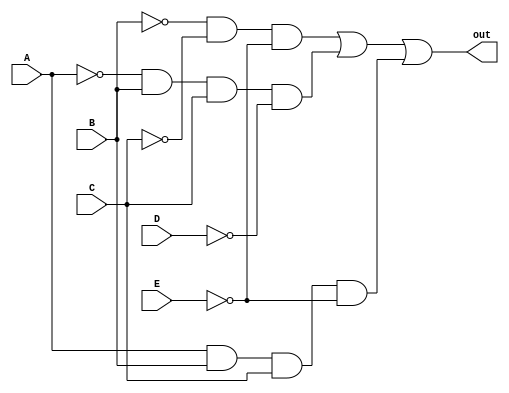
`timescale 1ns / 1ps
//////////////////////////////////////////////////////////////////////////////////
// Company: CSULB
// Design Name: 361_Lab3
// Module Name: Lab3_eq
// Revision 0.01 - File Created
//////////////////////////////////////////////////////////////////////////////////

module Lab3_eq(
    input A, B, C, D, E,
    output reg out
    );
    
    // Write the code for the simplified Boolean equation.
    always@(*)begin
    out = (!B & !C & !E) | (!A & B & C & !D) | (A & B & C & !E);
    end
endmodule